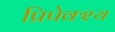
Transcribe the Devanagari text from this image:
प्रिपेक्श्य